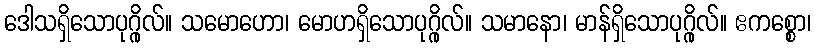
ဒေါသရှိသောပုဂ္ဂိုလ်။ သမောဟော၊ မောဟရှိသောပုဂ္ဂိုလ်။ သမာနော၊ မာန်ရှိသောပုဂ္ဂိုလ်။ ဧကစ္စော၊